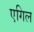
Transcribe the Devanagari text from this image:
एगिल